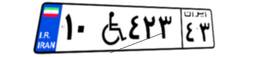
۱۰W۴۲۳۴۳